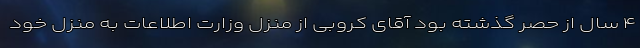
۴ سال از حصر گذشته بود آقای کروبی از منزل وزارت اطلاعات به منزل خود